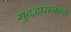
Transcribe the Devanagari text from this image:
गुदद्वाराजवळ